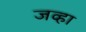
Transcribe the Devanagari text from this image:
जव्हा